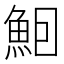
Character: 𬵈